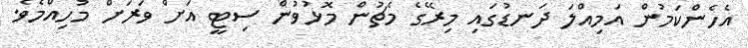
އެހެންކަމުން އަމިއްލަ ދަނޑުގައި މިރޭގެ މެޗުން މޮޅުވުން ސިޓީ އަށް ވަރަށް މުހިއްމެވެ.